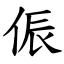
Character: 侲